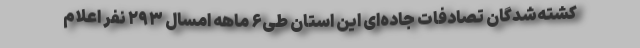
کشته‌شدگان تصادفات جاده‌ای این استان طی۶ ماهه امسال ۲۹۳ نفر اعلام